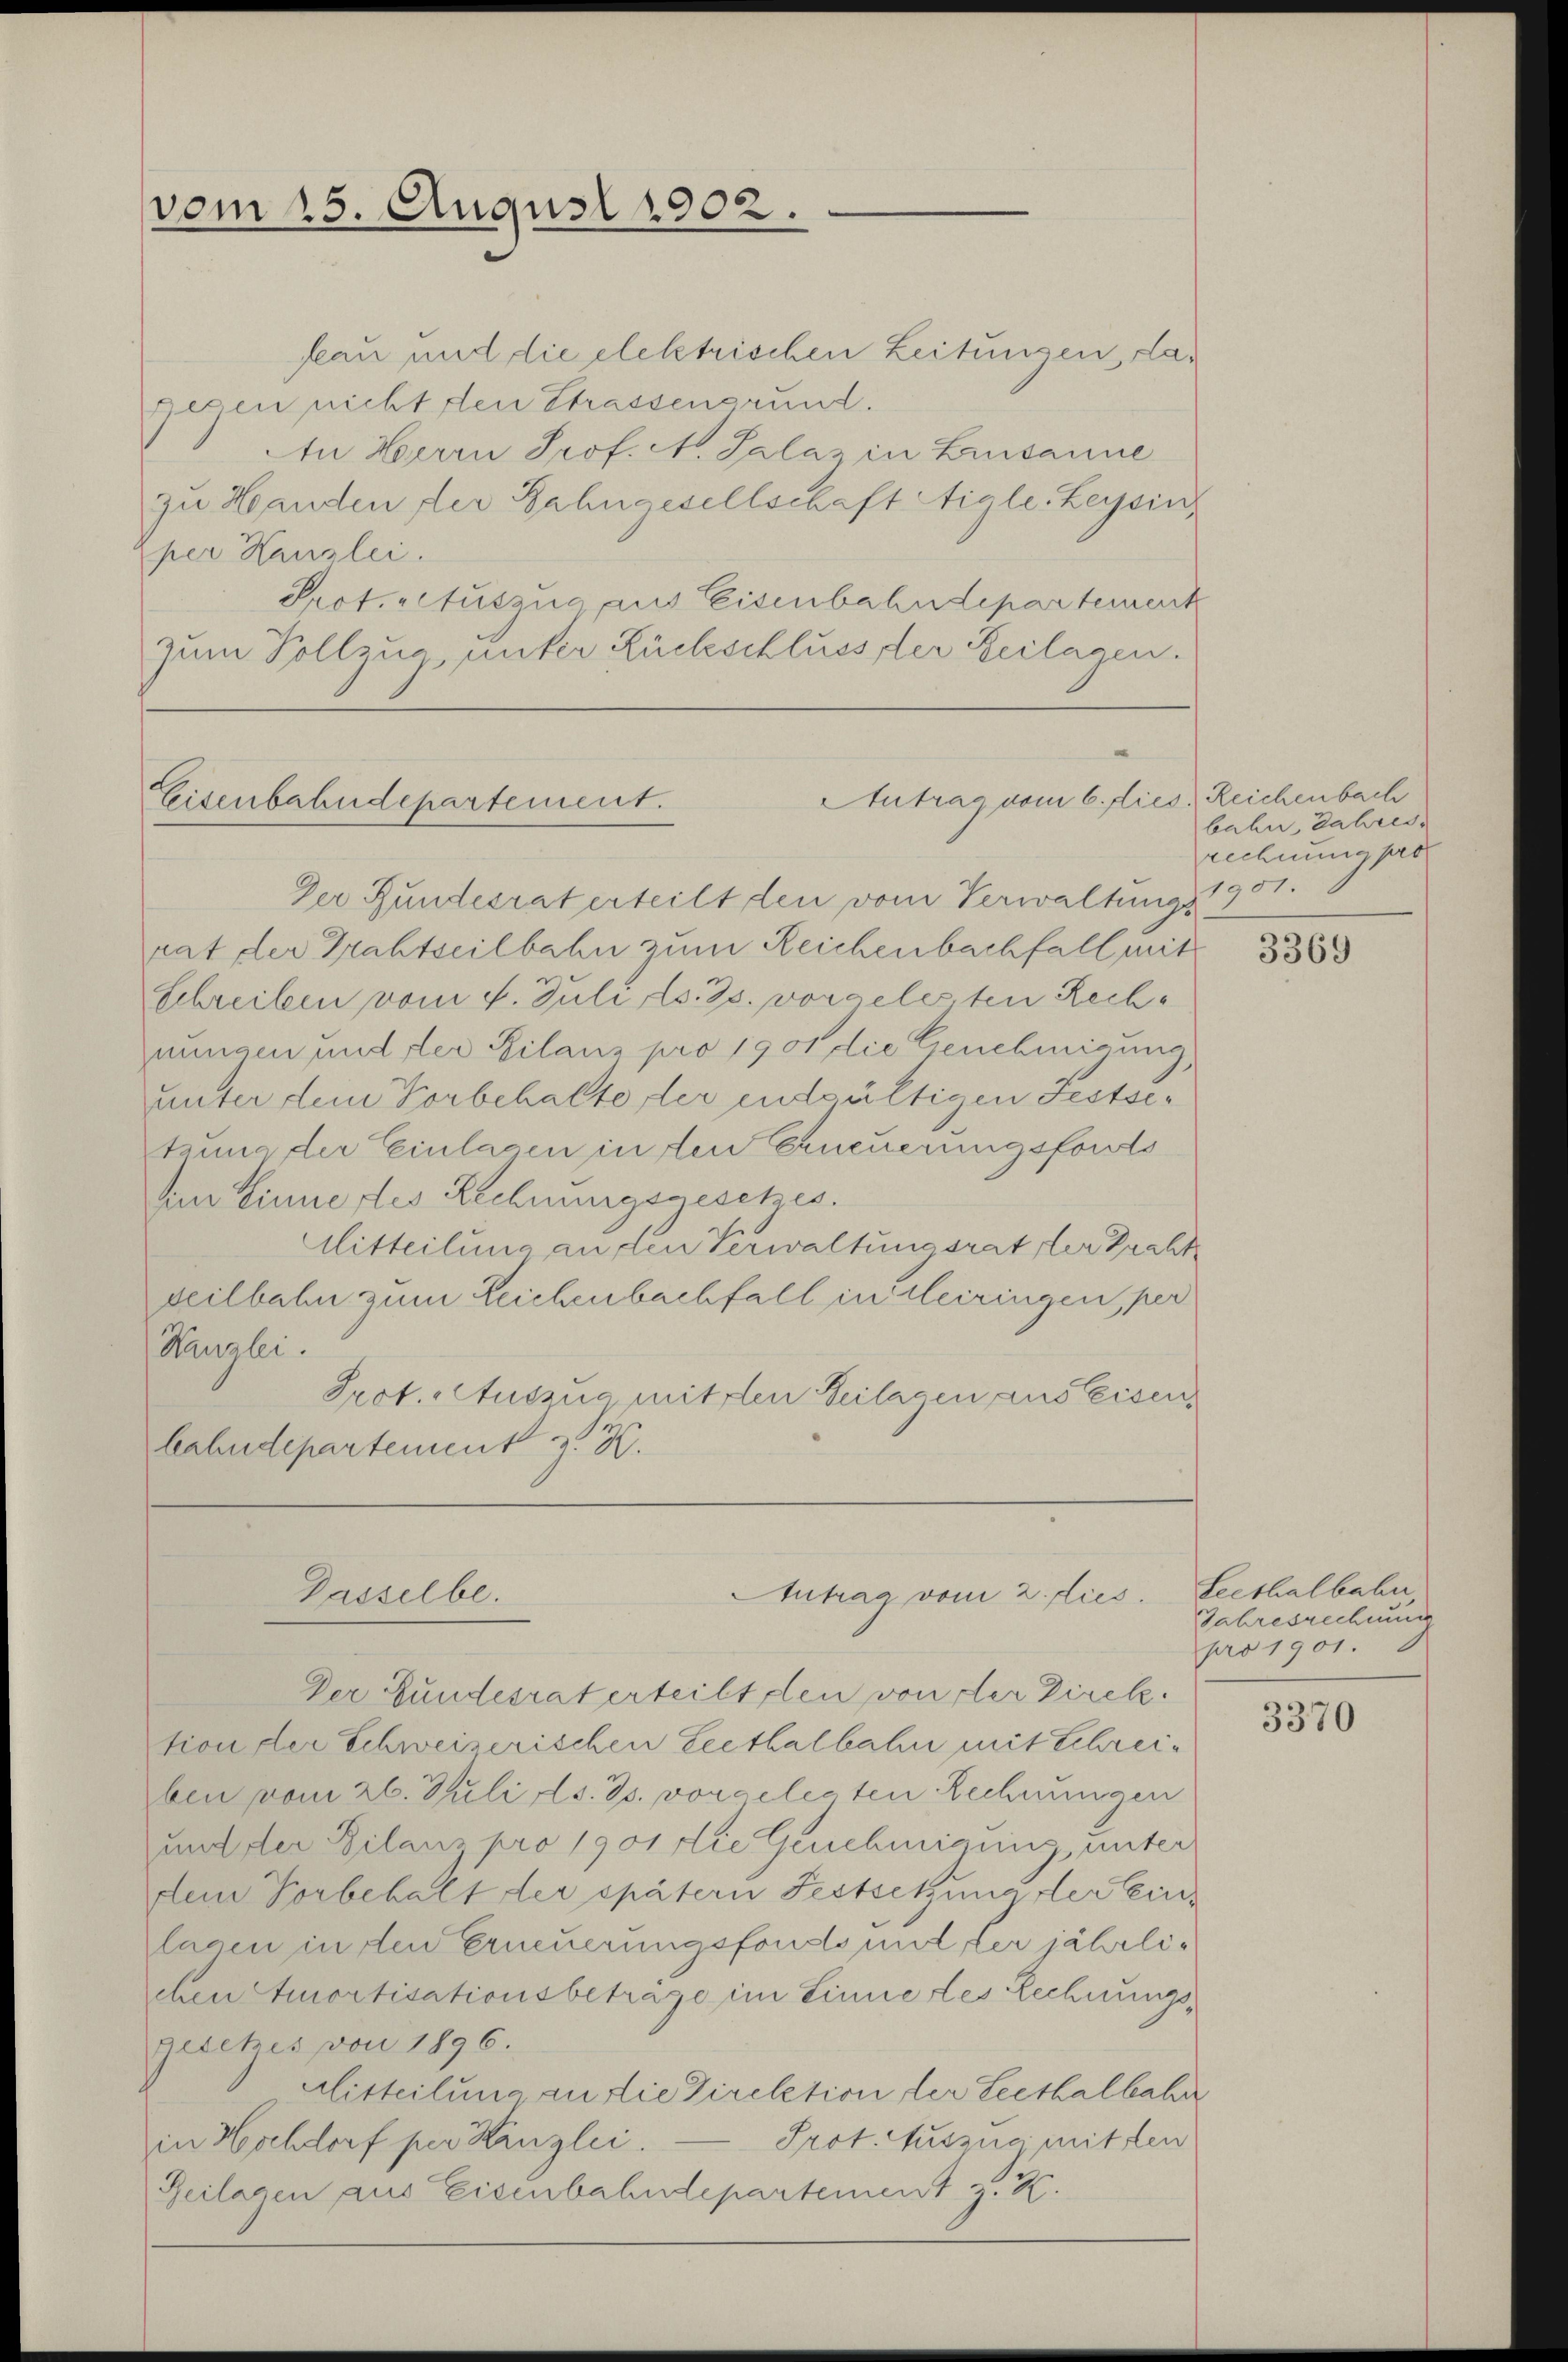
frau und die elektrischen Leitungen, da¬
Gegen nicht den Strassengrund.
An Herrn Prof. N. Salaz in Lusanne
zu Handen der Bahngesellschaft Aigle. Leysin
per Kanzlei.
Prot. Auszug aus Eisenbahndepartement
zum Vollzug unter Rückschluss der Beilagen.

vom 15. August 1902.

Antrag vom 6. dies Reichenbach
Eisenbahndepartement.

Der Bundesrat erteilt den vom Verwaltungs
Kanzlei.
Gasselbe.
Antrag vom 2. dies
Der Bundesrat erteilt den von der Direktion der Schweizerischen Leithalbahn mit Schreiben vom 26. Juli d. Js. vorgelegten Rechnungen
und der Bilanz pro 1901 die Genehmigung, unter
dem Vorbehalt der spätern Festsetzung der Ein
lagen in den Erneuerungsfonds und der jährlichen Amortisationsbeträge im Linne les Rechnungsgesetzes von 1896.
Mitteilung an die Direktion der Leethalbahr
Prot. Aussna mitten
in Hochdorf per Kanzlei.
Beilagen aus Eisenbahndepartement z. K.

rat der Drahtseilbahn zum Reichenbachfall mit
Schreiben vom 4. Juli l. Js. vorgelesten Rechnungen und der Bilanz pro 1901 die Genehmigung
unter dem Vorbehalte, der endgültigen Festsetzung der Einlagen in den Erneuerungsforts
den Sinnertes Rechnungsgesetzes.
Mitteilung an den Verwaltungsrat der Pracht
seilbahn zum Leichenbachfall in Meiringen, per
Prot. Auszug mit den Beilagen aus Eisen.
bahndepartement z. K.

bahn, Jahres.
rechnung pro
1951.

3369

Leethalbahn,
Jahresrechnung
pro 1901.

3370